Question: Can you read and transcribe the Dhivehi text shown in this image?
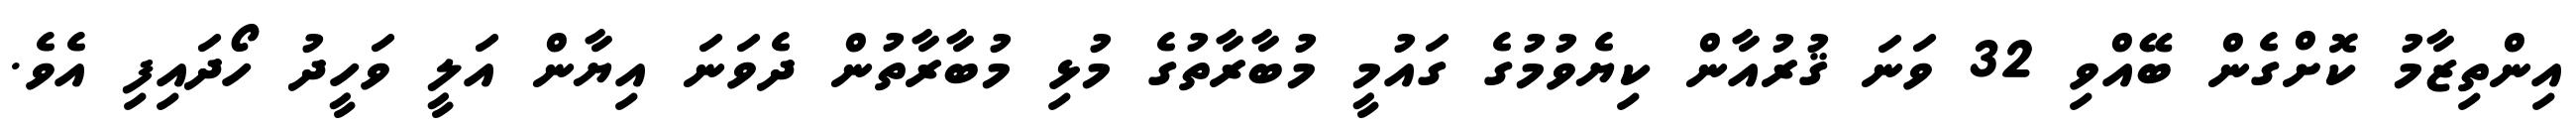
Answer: އިންތިޒާމު ކޮށްގެން ބޭއްވި 32 ވަނަ ޤުރުއާން ކިޔެވުމުގެ ގައުމީ މުބާރާތުގެ މުޅި މުބާރާތުން ދެވަނަ އިޔާން އަލީ ވަހީދު ހޯދައިފި އެވެ.